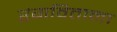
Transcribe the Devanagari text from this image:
रंगविताना